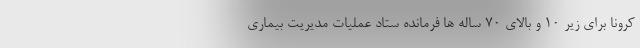
کرونا برای زیر ۱۰ و بالای ۷۰ ساله ها فرمانده ستاد عملیات مدیریت بیماری